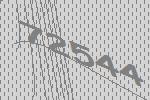
72544